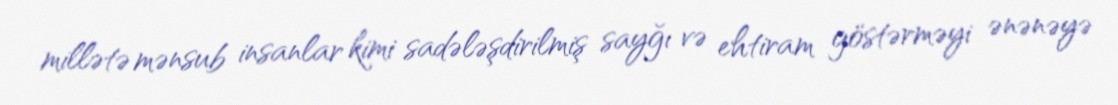
millətə mənsub insanlar kimi sadələşdirilmiş sayğı və ehtiram göstərməyi ənənəyə